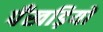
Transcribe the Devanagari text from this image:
पँखड़ियों